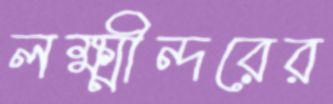
লক্ষ্মীন্দরের